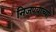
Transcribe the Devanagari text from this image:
निजण्याच्या